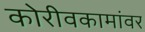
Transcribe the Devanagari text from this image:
कोरीवकामांवर